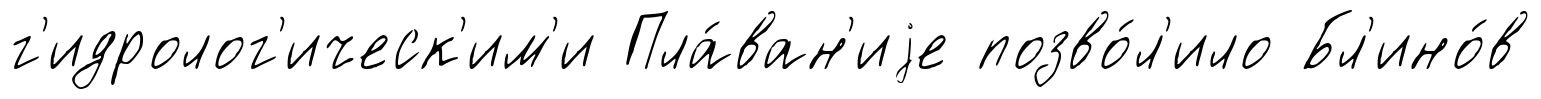
г'идролог'ическ'им'и Пла́ван'иjе позво́л'ило Бл'ино́в